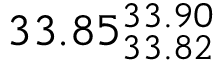
3 3 . 8 5 _ { 3 3 . 8 2 } ^ { 3 3 . 9 0 }